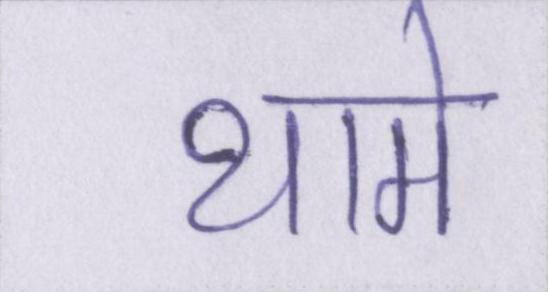
थामे